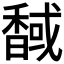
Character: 𲋯